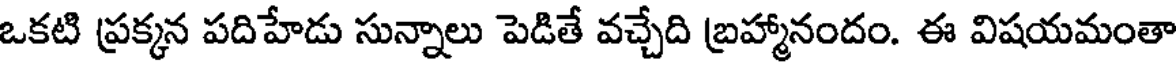
ఒకటి ప్రక్కన పదిహేడు సున్నాలు పెడితే వచ్చేది బ్రహ్మానందం. ఈ విషయమంతా